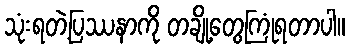
သုံးရတဲ့ပြဿနာကို တချို့တွေကြုံရတာပါ။